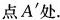
点A^{\prime}处。